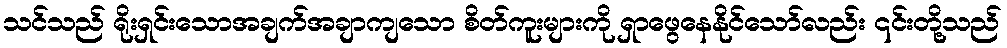
သင်သည် ရိုးရှင်းသောအချက်အချာကျသော စိတ်ကူးများကို ရှာဖွေနေနိုင်သော်လည်း ၎င်းတို့သည်